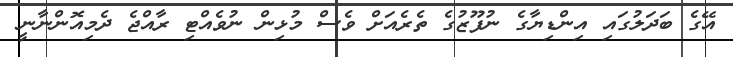
އޭގެ ބަދަލުގައި އިންޑިޔާގެ ނުފޫޒުގެ ތެރެއަށް ވެސް މުޅިން ނުވެއްޓި ރާއްޖެ ދެމިއޮންނާނީ